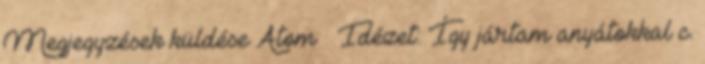
Megjegyzések küldése Atom ♥ Idézet: Így jártam anyátokkal c.